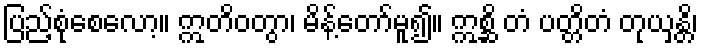
ပြည့်စုံစေလော့။ ဣတိဝတွာ၊ မိန့်တော်မူ၍။ ဣစ္ဆိ တံ ပတ္တိတံ တုယှန္တိ၊